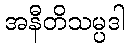
အနီတိသမ္ပဒါ